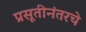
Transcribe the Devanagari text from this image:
प्रसूतीनंतरचे